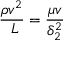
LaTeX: { \frac { \rho v ^ { 2 } } { \ L } } = { \frac { \mu v } { \delta _ { 2 } ^ { 2 } } }